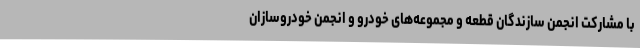
با مشارکت انجمن سازندگان قطعه و مجموعه‌های خودرو و انجمن خودروسازان